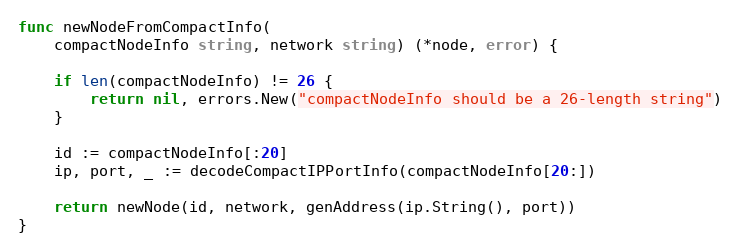
Language: Go
func newNodeFromCompactInfo(
	compactNodeInfo string, network string) (*node, error) {

	if len(compactNodeInfo) != 26 {
		return nil, errors.New("compactNodeInfo should be a 26-length string")
	}

	id := compactNodeInfo[:20]
	ip, port, _ := decodeCompactIPPortInfo(compactNodeInfo[20:])

	return newNode(id, network, genAddress(ip.String(), port))
}